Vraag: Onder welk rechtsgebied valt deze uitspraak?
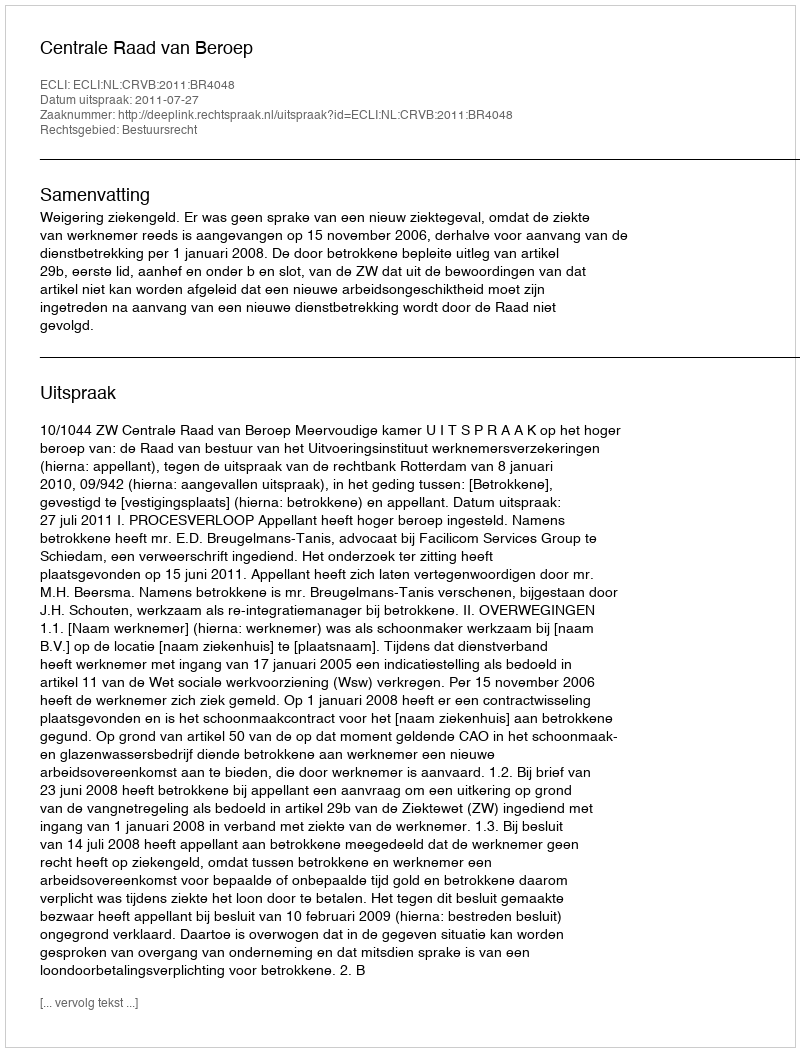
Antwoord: Bestuursrecht